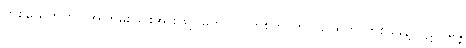
တစ်ယေက်ဟာ အကြမ်းဖြင်းအားဖြင့် မဟာဝိပါက်စိတ် (၈) ခု ထဲက တစ်ခုခုနဲ့ ပဋိသန္ဓေ